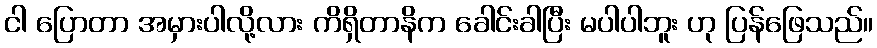
ငါ ပြောတာ အမှားပါလို့လား ကိရှိတာနိက ခေါင်းခါပြီး မပါပါဘူး ဟု ပြန်ဖြေသည်။